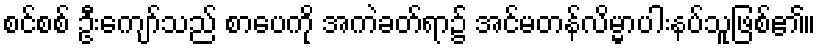
စင်စစ် ဦးကျော်သည် စာပေကို အကဲခတ်ရာ၌ အင်မတန်လိမ္မာပါးနပ်သူဖြစ်၏။